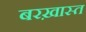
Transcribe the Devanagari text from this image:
बरख़ास्त